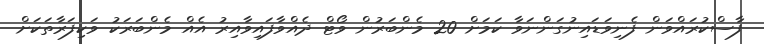
ފާސްކުރައްވަން ފެނިވަޑައިނުގަންނަވާ ކަމަށް 20 މެންބަރުން ވޯޓް ދެއްވާފައިވާއިރު އެއް މެންބަރަކު ވަކިފަރާތަކަށް